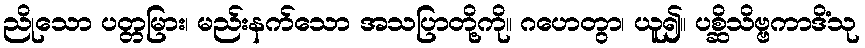
ညိုသော ပတ္တမြား၊ မည်းနက်သော အသပြာတို့ကို။ ဂဟေတွာ၊ ယူ၍။ ပစ္ဆိသိဗ္ဗကာဒိံသု